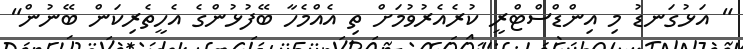
" އަޅުގަނޑު މި އިންޑްސްޓްރީ ކުރެއެރުވުމަށް ތި އެއްމެހާ ބޭފުޅުންގެ އެހީތެރިކަން ބޭނުން"